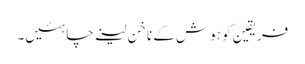
فریقین کو ہوش کے ناخن لینے چاہئیں۔